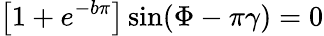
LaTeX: \left[1+e^{-b\pi}\right]\sin(\Phi-\pi\gamma)=0